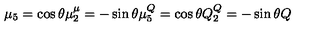
\mu _ { 5 } = \cos \theta \mu \sp \mu _ { 2 } = - \sin \theta \mu \sp Q _ { 5 } = \cos \theta Q \sp Q _ { 2 } = - \sin \theta Q